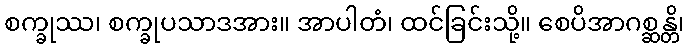
စက္ခုဿ၊ စက္ခုပသာဒအား။ အာပါတံ၊ ထင်ခြင်းသို့။ စေပိအာဂစ္ဆန္တိ၊